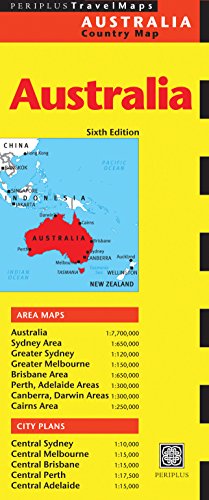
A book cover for Australia Travel Map Sixth Edition; Travel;